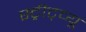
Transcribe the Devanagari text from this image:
स्ट्रीट्व्यू